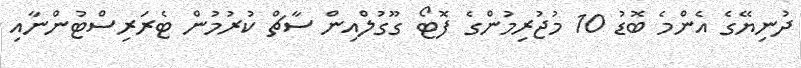
ދުނިޔޭގެ އެންމެ ބޮޑު 10 މުޖުރިމުންގެ ފޮޓޯ ގޫގުލްއިން ސާޗް ކުރުމުން ޓެރަރިސްޓުންނާއި